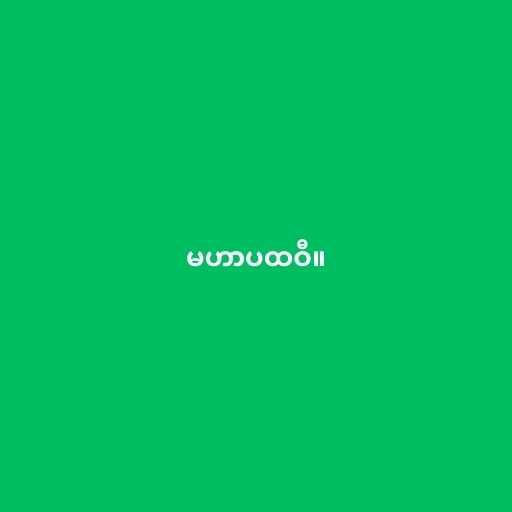
မဟာပထဝီ။